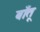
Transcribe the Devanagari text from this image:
बाँतू